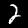
Digit: 2